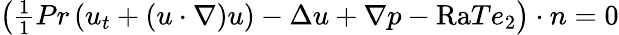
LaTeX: \begin{array}{r}{\left(\frac{1}{1}{{Pr}}\left(u_{t}+(u\cdot\nabla)u\right)-\Delta u+\nabla p-\mathrm{{Ra}}Te_{2}\right)\cdot n=0}\end{array}